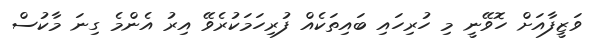
ވަޒީފާއަށް ހޮވޭނީ މި ހުރިހައި ބައިތަކެއް ފުރިހަމަކުރެވޭ އިރު އެންމެ ގިނަ މާކުސް